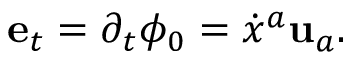
{ \bf e } _ { t } = \partial _ { t } \phi _ { 0 } = \dot { x } ^ { a } { \bf u } _ { a } .